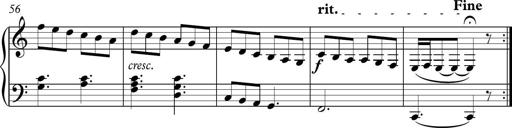
Title: Piano Sonatina in C
Composer: Daniel LÃ©o Simpson
Key: C major